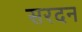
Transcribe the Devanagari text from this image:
सरदन